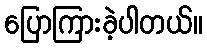
ပြောကြားခဲ့ပါတယ်။